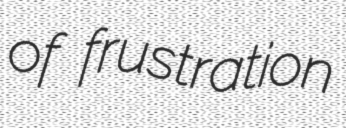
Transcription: of frustration